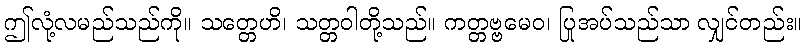
ဤလုံ့လမည်သည်ကို။ သတ္တေဟိ၊ သတ္တဝါတို့သည်။ ကတ္တဗ္ဗမေဝ၊ ပြုအပ်သည်သာ လျှင်တည်း။